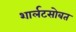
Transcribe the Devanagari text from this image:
शार्लटसोबत